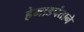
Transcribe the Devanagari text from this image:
हेमाडपंताने